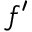
f ^ { \prime }